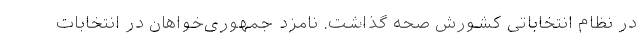
در نظام انتخاباتی کشورش صحّه گذاشت. نامزد جمهوری‌خواهان در انتخابات